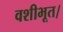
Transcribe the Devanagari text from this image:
वशीभूत।